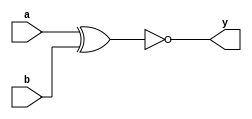
module basic_xnor(a, b, y);  
input a, b;
output y;
assign y = ! (a ^ b);
endmodule